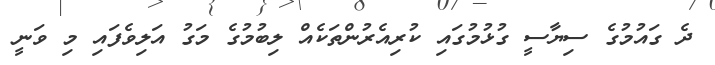
ދެ ގައުމުގެ ސިޔާސީ ގުޅުމުގައި ކުރިއެރުންތަކެއް ލިބުމުގެ މަގު އަލިވެފައި މި ވަނީ